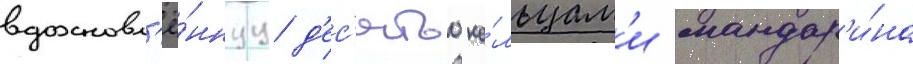
вдохновл'ё́ннуу д'ес'ятью ко́льцам'и мандар'и́на